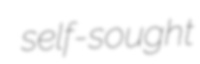
self-sought